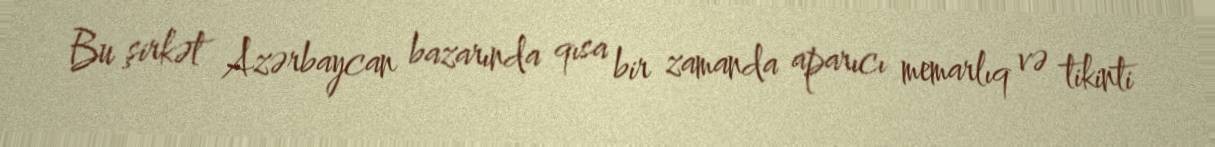
Bu şirkət Azərbaycan bazarında qısa bir zamanda aparıcı memarlıq və tikinti